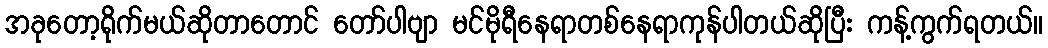
အခုတော့ရိုက်မယ်ဆိုတာတောင် တော်ပါဗျာ မင်မိုရီနေရာတစ်နေရာကုန်ပါတယ်ဆိုပြီး ကန့်ကွက်ရတယ်။